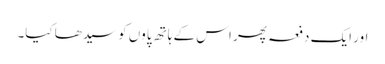
اور ایک دفعہ پھر اس کے ہاتھ پاوں کو سیدھا کیا۔